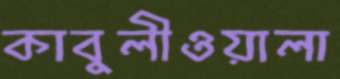
কাবুলীওয়ালা